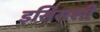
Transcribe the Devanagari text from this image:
इसिसशी